Madras plague regulations and rules - Volume 2
Disease focus: Plague
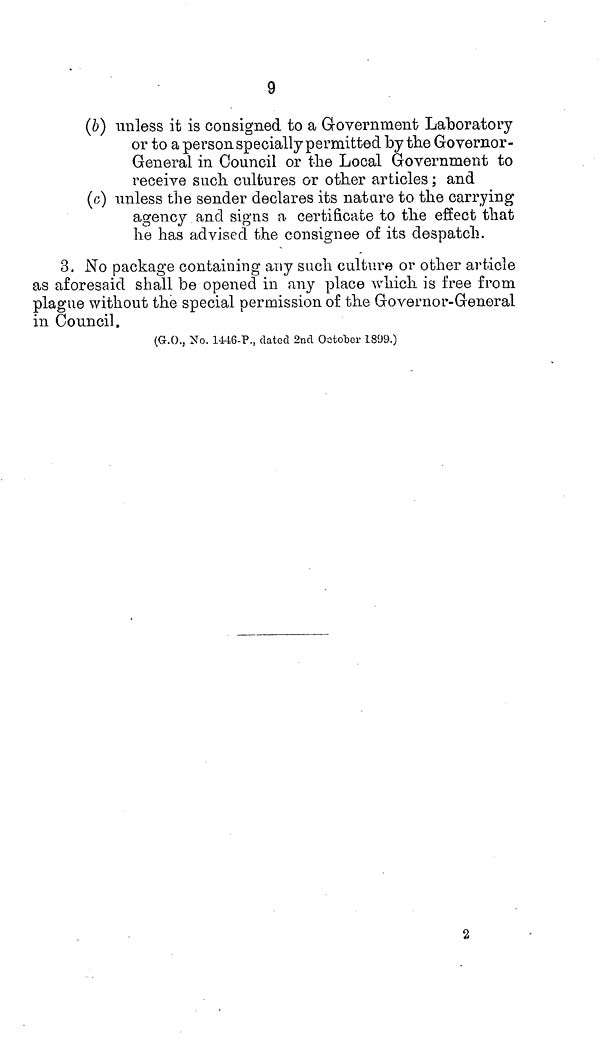
9
(b) unless it is consigned to a Government Laboratory
or to a person specially permitted by the Governor-
General in Council or the Local Government to
receive such cultures or other articles; and
(c) unless the sender declares its nature to the carrying
agency and signs a certificate to the effect that
he has advised the consignee of its despatch.
3. No package containing any such culture or other article
as aforesaid shall be opened in any place which is free from
plague without the special permission of the Governor-General
in Council.
(G.O., No. 1446-P., dated 2nd October 1899.)
2